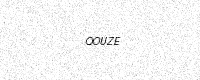
Text: QOUZE